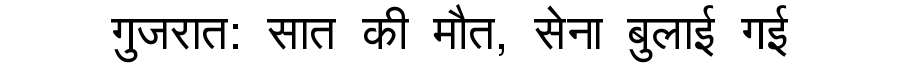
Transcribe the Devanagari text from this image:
गुजरात: सात की मौत, सेना बुलाई गई